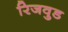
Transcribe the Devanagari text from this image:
रिजवुड